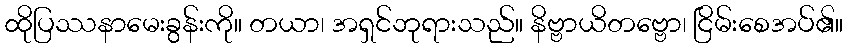
ထိုပြဿနာမေးခွန်းကို။ တယာ၊ အရှင်ဘုရားသည်။ နိဗ္ဗာယိတဗ္ဗော၊ ငြိမ်းစေအပ်၏။